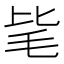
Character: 毞